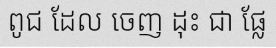
ពូជ ដែល ចេញ ដុះ ជា ផ្លែ